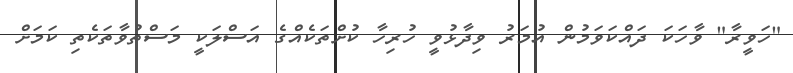
"ހަވީރާ" ވާހަކަ ދައްކަވަމުން އުމަރު ވިދާޅުވީ ހުރިހާ ކުށްތަކެއްގެ އަސްލަކީ މަސްތުވާތަކެތި ކަމަށް